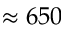
\approx 6 5 0